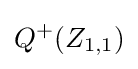
Q^{+}(Z_{1,1})